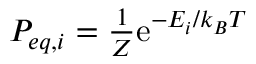
\begin{array} { r } { P _ { e q , i } = \frac { 1 } { \cal Z } \mathrm { e } ^ { - E _ { i } / k _ { B } T } } \end{array}